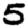
Digit: 5